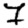
Digit: 7